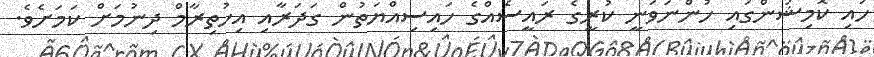
ހައި ކޮމިޝަންގައި ހުންނަވަނީ ކުރީގެ ރައީސެއްގެ ހައިސިއްޔަތުން ގަދަރާއި އިހުތިރާމް ދިނުމަށް ކަމަށެވެ.